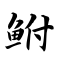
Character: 鲋